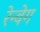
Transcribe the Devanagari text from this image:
रेन्वेग